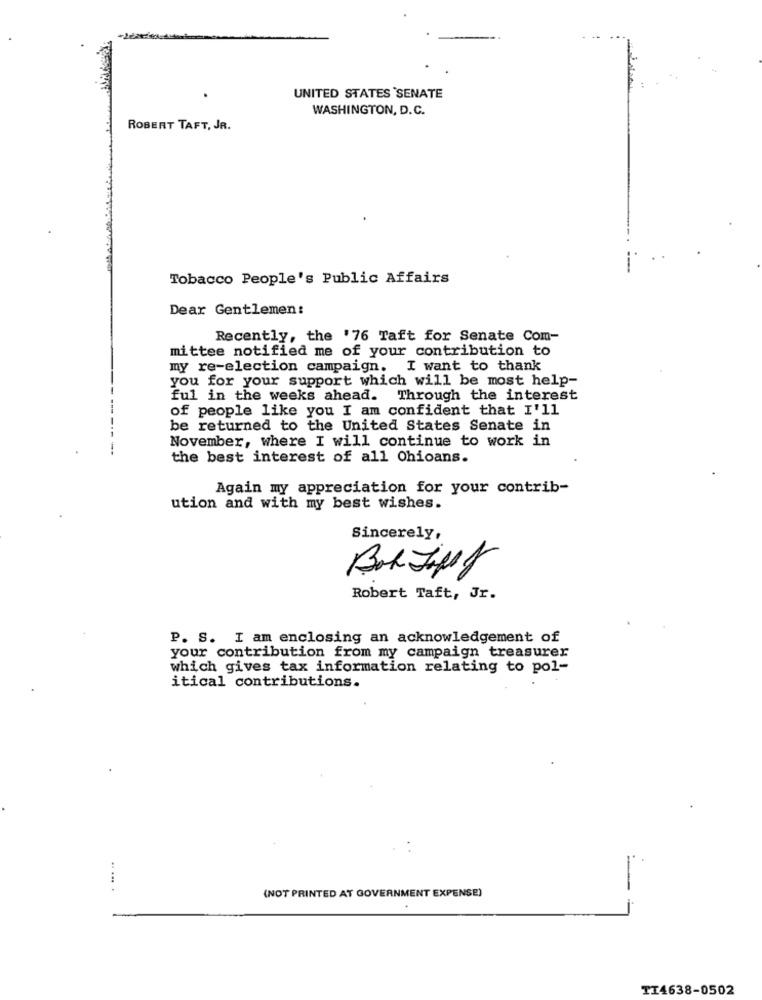
UNITED STATES SENATE
WASHINGTON, D.C.
ROBERT TAFT, JR.
Tobacco People's Public Affairs
Dear Gentlemen:
Recently, the '76 Taft for Senate Com-
mittee notified me of your contribution to
my re-election campaign. I want to thank
you for your support which will be most help-
ful in the weeks ahead. Through the interest
of people like you I am confident that I'll
be returned to the United States Senate in
November, where I will continue to work in
the best interest of all Ohioans.
Again my appreciation for your contrib-
ution and with my best wishes.
Sincerely,
Bok Jiffy
Robert Taft, Jr.
P. S. I am enclosing an acknowledgement of
your contribution from my campaign treasurer
which gives tax information relating to pol-
itical contributions.
(NOT PRINTED AT GOVERNMENT EXPENSE)
.
TI4638-0502